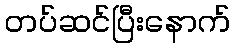
တပ်ဆင်ပြီးနောက်